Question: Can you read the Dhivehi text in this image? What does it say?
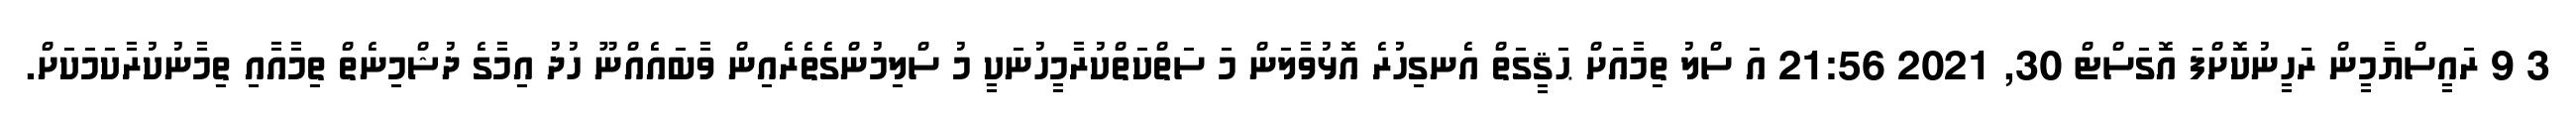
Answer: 3 9 ރައީސްޔާމީން ރަހީނުކޮށްފަ އޮގަސްޓް 30, 2021 21:56 އަ ސްލު ތިމާއަށް ޙަޤީގަތް އެނގިހުރެ އޮޅުވާލަން މަ ސަތްކަތްކުރާމީހުނަކީ މު ސްލިމުންގެތެރެއިން ވާބައެއްނޫ ހުދު އިމާގެ ދުޝްމިނެތް ތިމާއާއި ތިމާނުކުރާކަމަކަށް.